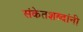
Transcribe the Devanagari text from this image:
संकेतशब्दांनी